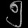
Digit: ၅